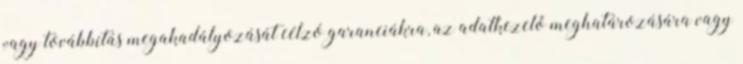
vagy továbbítás megakadályozását célzó garanciákra, az adatkezelő meghatározására vagy